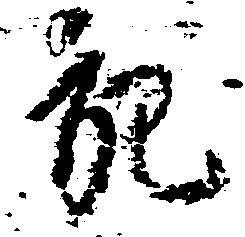
充